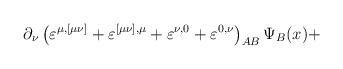
LaTeX: \begin{align*}\partial _\nu \left( \varepsilon ^{\mu ,[\mu \nu ]}+\varepsilon ^{[\mu \nu],\mu }+\varepsilon ^{\nu ,0}+\varepsilon ^{0,\nu }\right)_{AB}\Psi _B(x)+\end{align*}